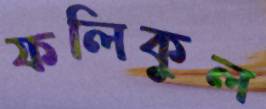
ফলিকুল